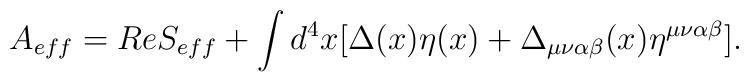
A_{eff} = Re S_{eff} + \int d^4x [\Delta(x) \eta(x) + \Delta_{\mu\nu\alpha\beta}(x) \eta^{\mu\nu\alpha\beta}].